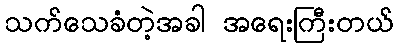
သက်သေခံတဲ့အခါ အရေးကြီးတယ်